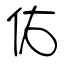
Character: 佑